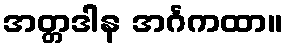
အတ္တဒါန အင်္ဂကထာ။